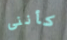
كأننى